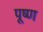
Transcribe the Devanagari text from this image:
पूष्ण